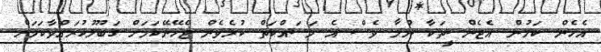
އެހެން ކަމުން އެޖެންސީތަކާ ނުލާ ވެސް އެ މަސައްކަތް ކުރެވެން ޖެހޭނޭކަމަށް ގަބޫލުކުރައްވާކަމަށް